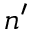
n ^ { \prime }